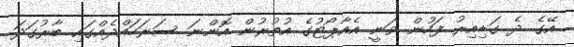
އޭގެ ދެ ގަޑިއިރު ފަހުން ވަނީ އެއާޕޯޓުގެ އުތުރުން އޮންނަ ސަރަހައްދެއްގައި ބާރުގަދަ